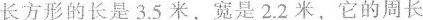
长方形的长是3.5米，宽是2.2米，它的周长